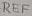
Text: REF